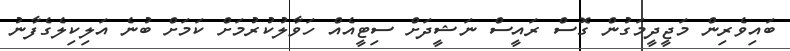
ބައިވެރިން މަޖީދީމަގުން ގޮސް ރައީސް ނަޝީދަށް ސިޓީއެއް ހަވާލުކުރުމަށް ކަމަށް ބުނެ އަލިކިލެގެފާނު